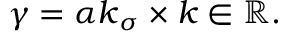
\gamma = \alpha \boldsymbol { k } _ { \sigma } \times \boldsymbol { k } \in \mathbb { R } .